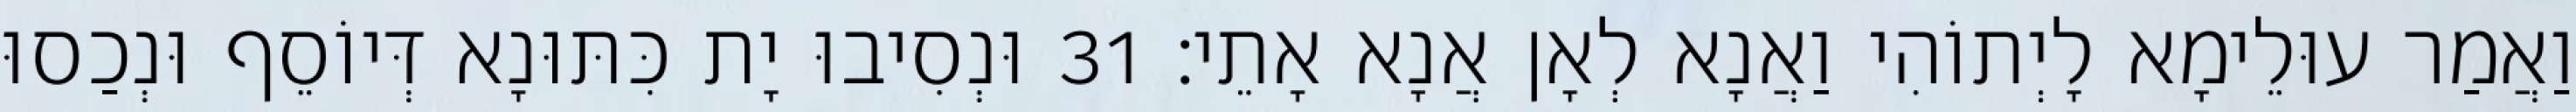
וַאֲמַר עוּלֵימָא לָיְתוֹהִי וַאֲנָא לְאָן אֲנָא אָתֵי׃ 31 וּנְסִיבוּ יָת כִּתּוּנָא דְּיוֹסֵף וּנְכַסוּ